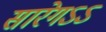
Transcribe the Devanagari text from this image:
सारेगऽऽ